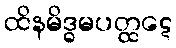
ထိနမိဒ္ဓမပတ္ထဋေ